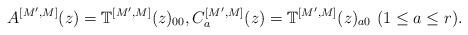
LaTeX: \begin{align*}A^{[M', M]}(z)=\mathbb{T}^{[M', M]}(z)_{00}, C_{a}^{[M', M]}(z)=\mathbb{T}^{[M', M]}(z)_{a0} \,\, (1\le a \le r). \end{align*}